Civil Veterinary Dept. North-West Frontier Province 1933-46 - 1933-1946
Year: 1933
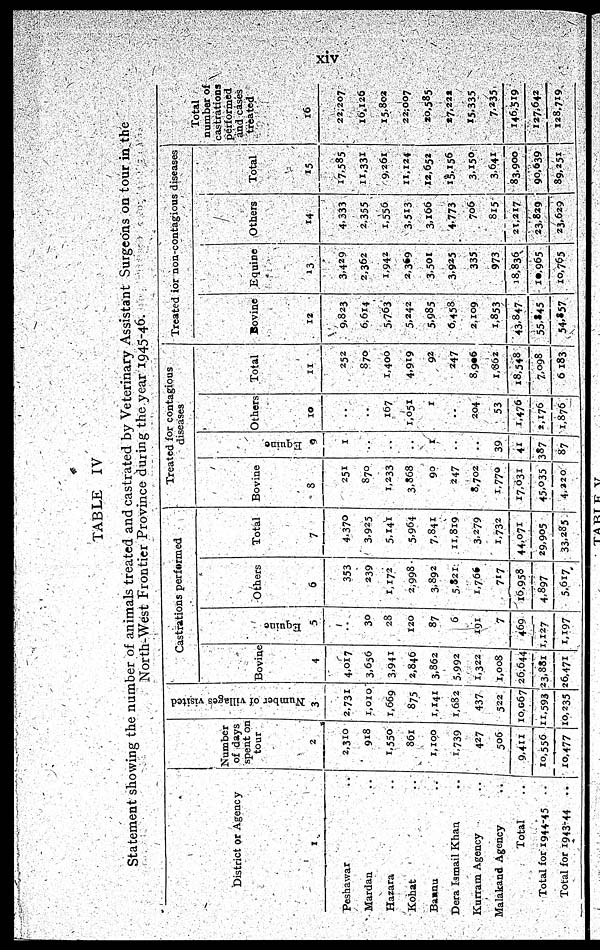
xiv
TABLE IV
Statement showing the number of animals treated and castrated by Veterinary Assistant Surgeons on tour in the
North-West Frontier Province during the year 1945-46.
District or Agency
1
Peshawar ..
Mardan ..
Hazara ..
Kohat
..
Bannu
..
Dera Ismail Khan
..
Kurram Agency
..
Malakand Agency ..
Total
..
Total for 1944-45
..
Total for 1943-44
..
Number
of days
spent on
tour
2
2,310
918
1,550
861
1,100
1,739
427
506
9,411
10,556
10,477
Number of villages visited
3
2,731
1,010
1,669
875
1,141
1,682
437
522
10,067
11,593
10,235
Castrations performed
Bovine
4
4,017
3,656
3,941
2,846
3,862
5,992
1,322
1,008
26,644
23,881
26,471
Equi ne
5
..
30
28
120
87
6
191
7
469
1,127
1,197
Others
6
353
239
1,172
2,998
3,892
5,821
1,766
717
16,958
4,897
5,617
Total
7
4,370
3,925
5,141
5,964
7,841
11,819
3,279
1,732
44,071
29,905
33,285
Treated for contagious
diseases
Bovine
8
251
870
1,233
3,868
90
247
8,702
1,770
17,031
45,035
4,220
Equine
9
1
..
..
..
..
..
..
39
41
387
87
Others
10
..
..
167
1,051
1
..
204
53
1,476
1,176
1,876
Total
11
252
870
1,400
4,919
92
247
8,906
1,862
18,548
7,098
6,183
Treated for non-contagious diseases
Bovine
12
9,823
6,614
5,763
5,242
5,985
6,458
2,109
1,853
43,847
55,845
54,857
Equine
13
3,429
2,362
1,942
2,369
3,501
3,925
335
973
18,836
10,965
10,765
Others
14
4,333
2,355
1,556
3,513
3,166
4,773
706
815
21,217
23,829
23,629
Total
15
17,585
11,331
9,261
11,124
12,652
15,156
3,150
3,641
83,900
90,639
89,251
Total
number of
castrations
performed
and cases
treated
16
22,207
16,126
15,802
22,007
20,585
17,222
15,335
7,235
146,519
127,642
128,719